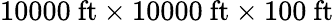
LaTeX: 10000\ \mathrm{ft}\times 10000\ \mathrm{ft}\times 100\ \mathrm{ft}